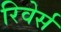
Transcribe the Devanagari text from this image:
रिवेर्स